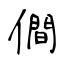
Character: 僴